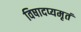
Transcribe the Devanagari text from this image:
विषादप्यमृतं